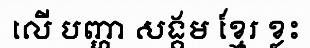
លើ បញ្ហា សង្គម ខ្មែរ ខ្លះ